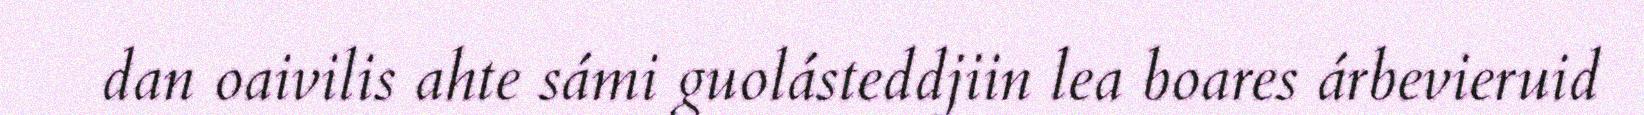
dan oaivilis ahte sámi guolásteddjiin lea boares árbevieruid